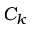
C _ { k }